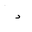
Letter: _dal